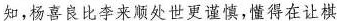
知，杨喜良比李来顺处世更谨慎，懂得在让棋